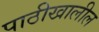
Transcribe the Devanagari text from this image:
पाठीखालील